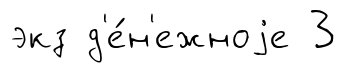
экз д'е́н'ежноjе 3